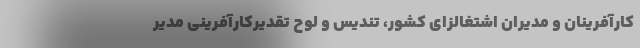
کارآفرینان و مدیران اشتغالزای کشور، تندیس و لوح تقدیرکارآفرینی مدیر